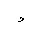
Letter: _waw